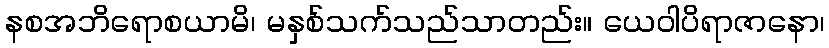
နစအဘိရောစယာမိ၊ မနှစ်သက်သည်သာတည်း။ ယေဝါပိရာဇာနော၊